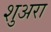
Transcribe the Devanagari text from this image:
शुअरा